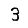
Digit: 3